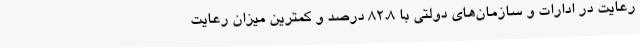
رعایت در ادارات و سازمان‌های دولتی با 82.8 درصد و کمترین میزان رعایت